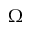
\Omega